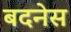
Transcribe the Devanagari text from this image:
बदनेस